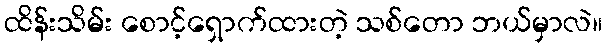
ထိန်းသိမ်း စောင့်ရှောက်ထားတဲ့ သစ်တော ဘယ်မှာလဲ။